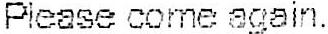
PLEASE COME AGAIN.